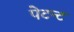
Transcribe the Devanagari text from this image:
पेटन्ट